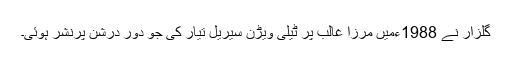
گلزار نے 1988ءمیں مرزا غالب پر ٹیلی ویڑن سیریل تیار کی جو دور درشن پرنشر ہوئی۔